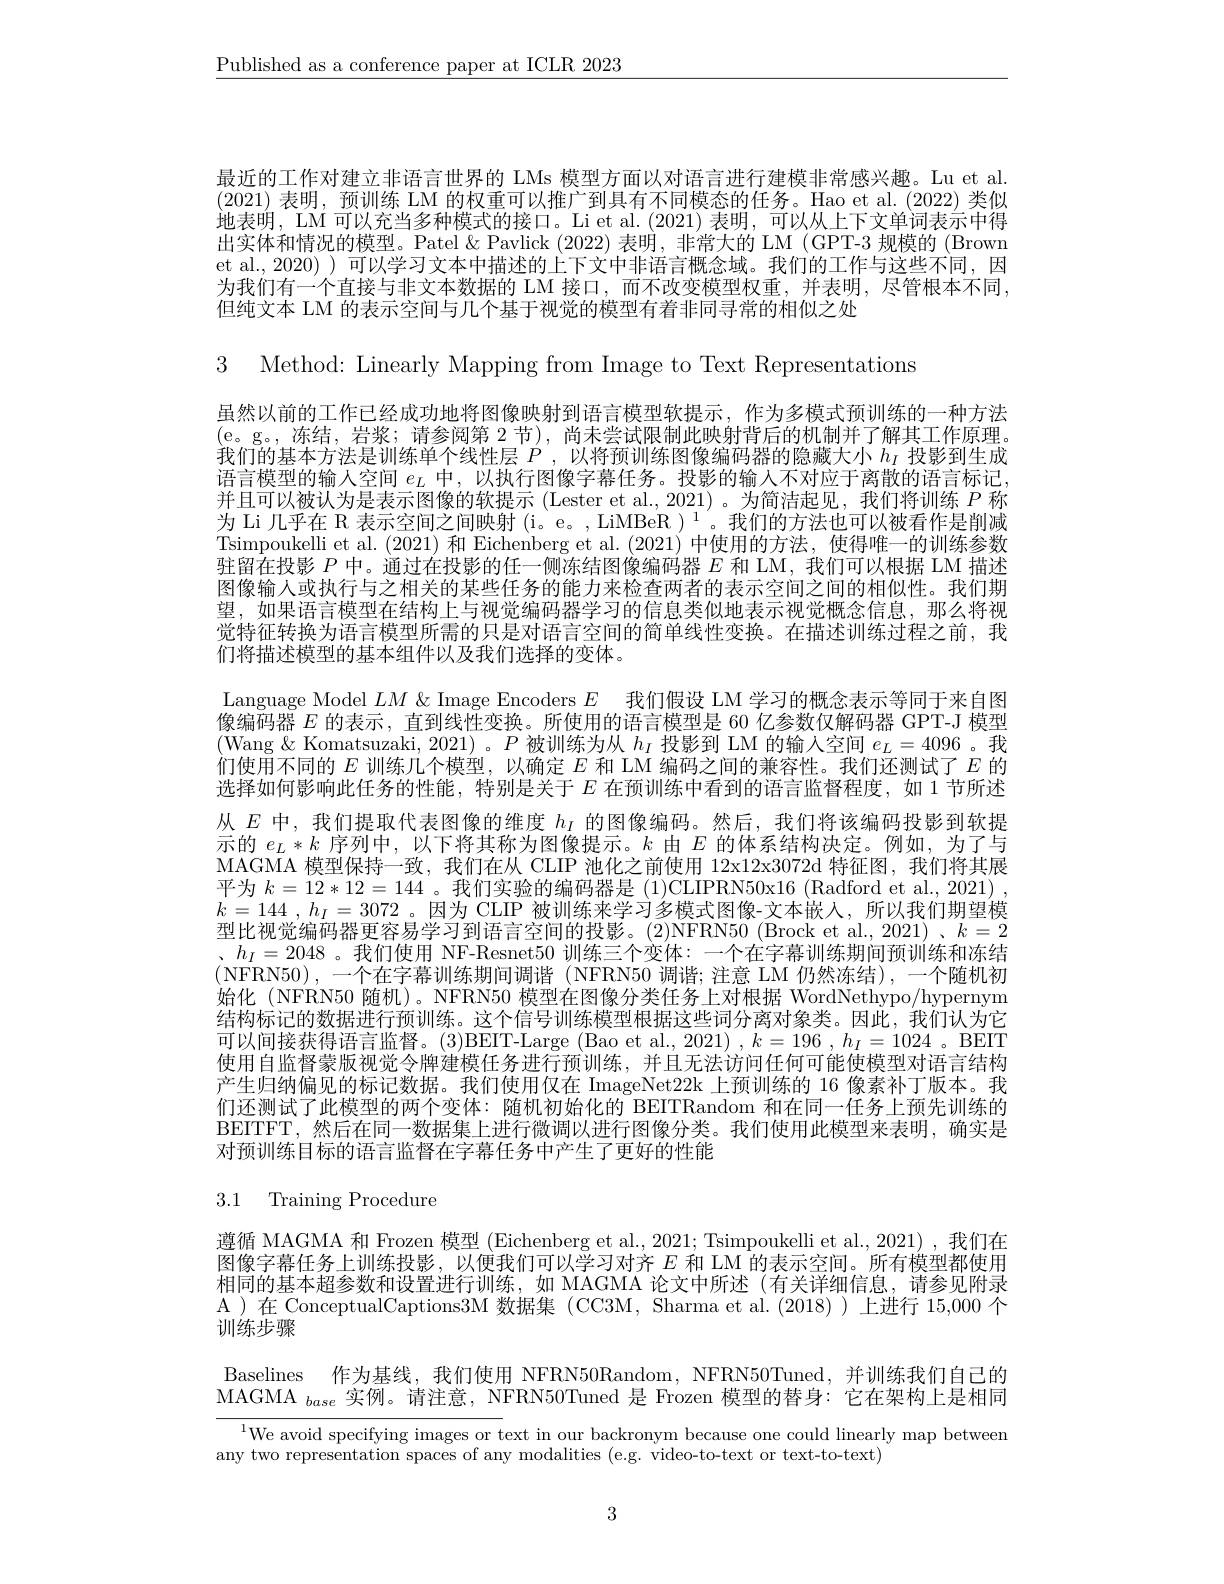
$\underline{\text{Published as a conference paper at ICLR 2023}}$

最近的工作对建立非语言世界的 LMs 模型方面以对语言进行建模非常感兴趣。Lu et al. (2021)表明，预训练 LM 的权重可以推广到具有不同模态的任务。Hao et al.(2022)类似地表明，LM 可以充当多种模式的接口。Li et al. (2021) 表明，可以从上下文单词表示中得出实体和情况的模型。Patel & Pavlick (2022)表明，非常大的 LM (GPT-3 规模的 (Brown et al., 2020) ) 可以学习文本中描述的上下文中非语言概念域。我们的工作与这些不同，因为我们有一个直接与非文本数据的 LM 接口，而不改变模型权重，并表明，尽管根本不同， 但纯文本 LM 的表示空间与几个基于视觉的模型有着非同寻常的相似之处

3 Method: Linearly Mapping from Image to Text Representations

虽然以前的工作已经成功地将图像映射到语言模型软提示，作为多模式预训练的一种方法(e。g。,冻结，岩浆；请参阅第 2节),尚未尝试限制此映射背后的机制并了解其工作原理。我们的基本方法是训练单个线性层$P$ , 以将预训练图像编码器的隐藏大小$h_I$投影到生成语言模型的输人空间$e_L$中，以执行图像字幕任务。投影的输人不对应于离散的语言标记并且可以被认为是表示图像的软提示 (Lester et al., 2021) 。为简洁起见，我们将训练$P$称为 Li 几乎在 R 表示空间之间映射 (i。e。, LiMBeR ) $^1$。我们的方法也可以被看作是削减Tsimpoukelli et al.(2021) 和 Eichenberg et al.(2021) 中使用的方法，使得唯一的训练参数驻留在投影$P$中。通过在投影的任一侧冻结图像编码器$E$和 LM, 我们可以根据 LM 描述图像输人或执行与之相关的某些任务的能力来检查两者的表示空间之间的相似性。我们期望，如果语言模型在结构上与视觉编码器学习的信息类似地表示视觉概念信息，那么将视觉特征转换为语言模型所需的只是对语言空间的简单线性变换。在描述训练过程之前，我们将描述模型的基本组件以及我们选择的变体。
Language Model $LM\&$ Image Encoders $E$我们假设 LM 学习的概念表示等同于来自图像编码器$E$的表示 ,直到线性变换。所使用的语言模型是 60 亿参数仅解码器 GPT-J 模型(Wang $\&$ Komatsuzaki, 2021) 。$P$被训练为从$h_I$投影到 LM 的输入空间$e_L=4096$ 。我们使用不同的$E$训练几个模型，以确定$E$和 LM 编码之间的兼容性。我们还测试了$E$的选择如何影响此任务的性能，特别是关于$E$在预训练中看到的语言监督程度，如 1 节所述从$E$中，我们提取代表图像的维度$h_I$的图像编码。然后，我们将该编码投影到软提示的$e_L*k$序列中，以下将其称为图像提示。$k$由$E$的体系结构决定。例如，为了与MAGMA 模型保持一致，我们在从 CLIP 池化之前使用 12x12x3072d 特征图，我们将其展平为$k=12*12=144$ 。我们实验的编码器是 (1)CLIPRN50x16 (Radford et al., 2021) , $k= 144$ $, h_I= 3072$。因为 CLP 被训练来学习多模式图像-文本嵌人，所以我们期望模型比视觉编码器更容易学习到语言空间的投影。(2)NFRN50 (Brock et al., 2021) 、$k=2$ 、$h_I=2048$。我们使用 NF-Resnet50 训练三个变体：一个在字幕训练期间预训练和冻结(NFRN50),一个在字幕训练期间调谐 (NFRN50 调谐；注意 LM 仍然冻结),一个随机初始化 (NFRN50 随机)。NFRN50 模型在图像分类任务上对根据 WordNethypo/hypernym 结构标记的数据进行预训练。这个信号训练模型根据这些词分离对象类。因此，我们认为它可以间接获得语言监督。(3)BEIT-Large (Bao et al., 2021) , $k= 196$ $, h_{I}= 1024$ 。BEIT 使用自监督蒙版视觉令牌建模任务进行预训练，并且无法访问任何可能使模型对语言结构产生归纳偏见的标记数据。我们使用仅在 ImageNet22k 上预训练的 16 像素补丁版本。我们还测试了此模型的两个变体：随机初始化的 BEITRandom 和在同一任务上预先训练的BEITFT,然后在同一数据集上进行微调以进行图像分类。我们使用此模型来表明，确实是对预训练目标的语言监督在字幕任务中产生了更好的性能

3.1 Training Procedure

遵循 MAGMA 和 Frozen 模型 (Eichenberg et al., 2021; Tsimpoukelli et al., 2021), 我们在图像字幕任务上训练投影，以便我们可以学习对齐$E$和 LM 的表示空间。所有模型都使用相同的基本超参数和设置进行训练，如 MAGMA 论文中所述(有关详细信息，请参见附录A )在 ConceptualCaptions3M 数据集 (CC3M, Sharma et al.(2018))上进行 15,000 个训练步骤

Baselines 作为基线，我们使用 NFRN50Random, NFRN50Tuned, 并训练我们自己的

MAGMA $_{base}$实例。请注意，NFRN50Tuned 是 Frozen 模型的替身：它在架构上是相同

$^{1}$We avoid specifying images or text in our backronym because one could linearly map between
any two representation spaces of any modalities (e.g. video-to-text or text-to-text)

3